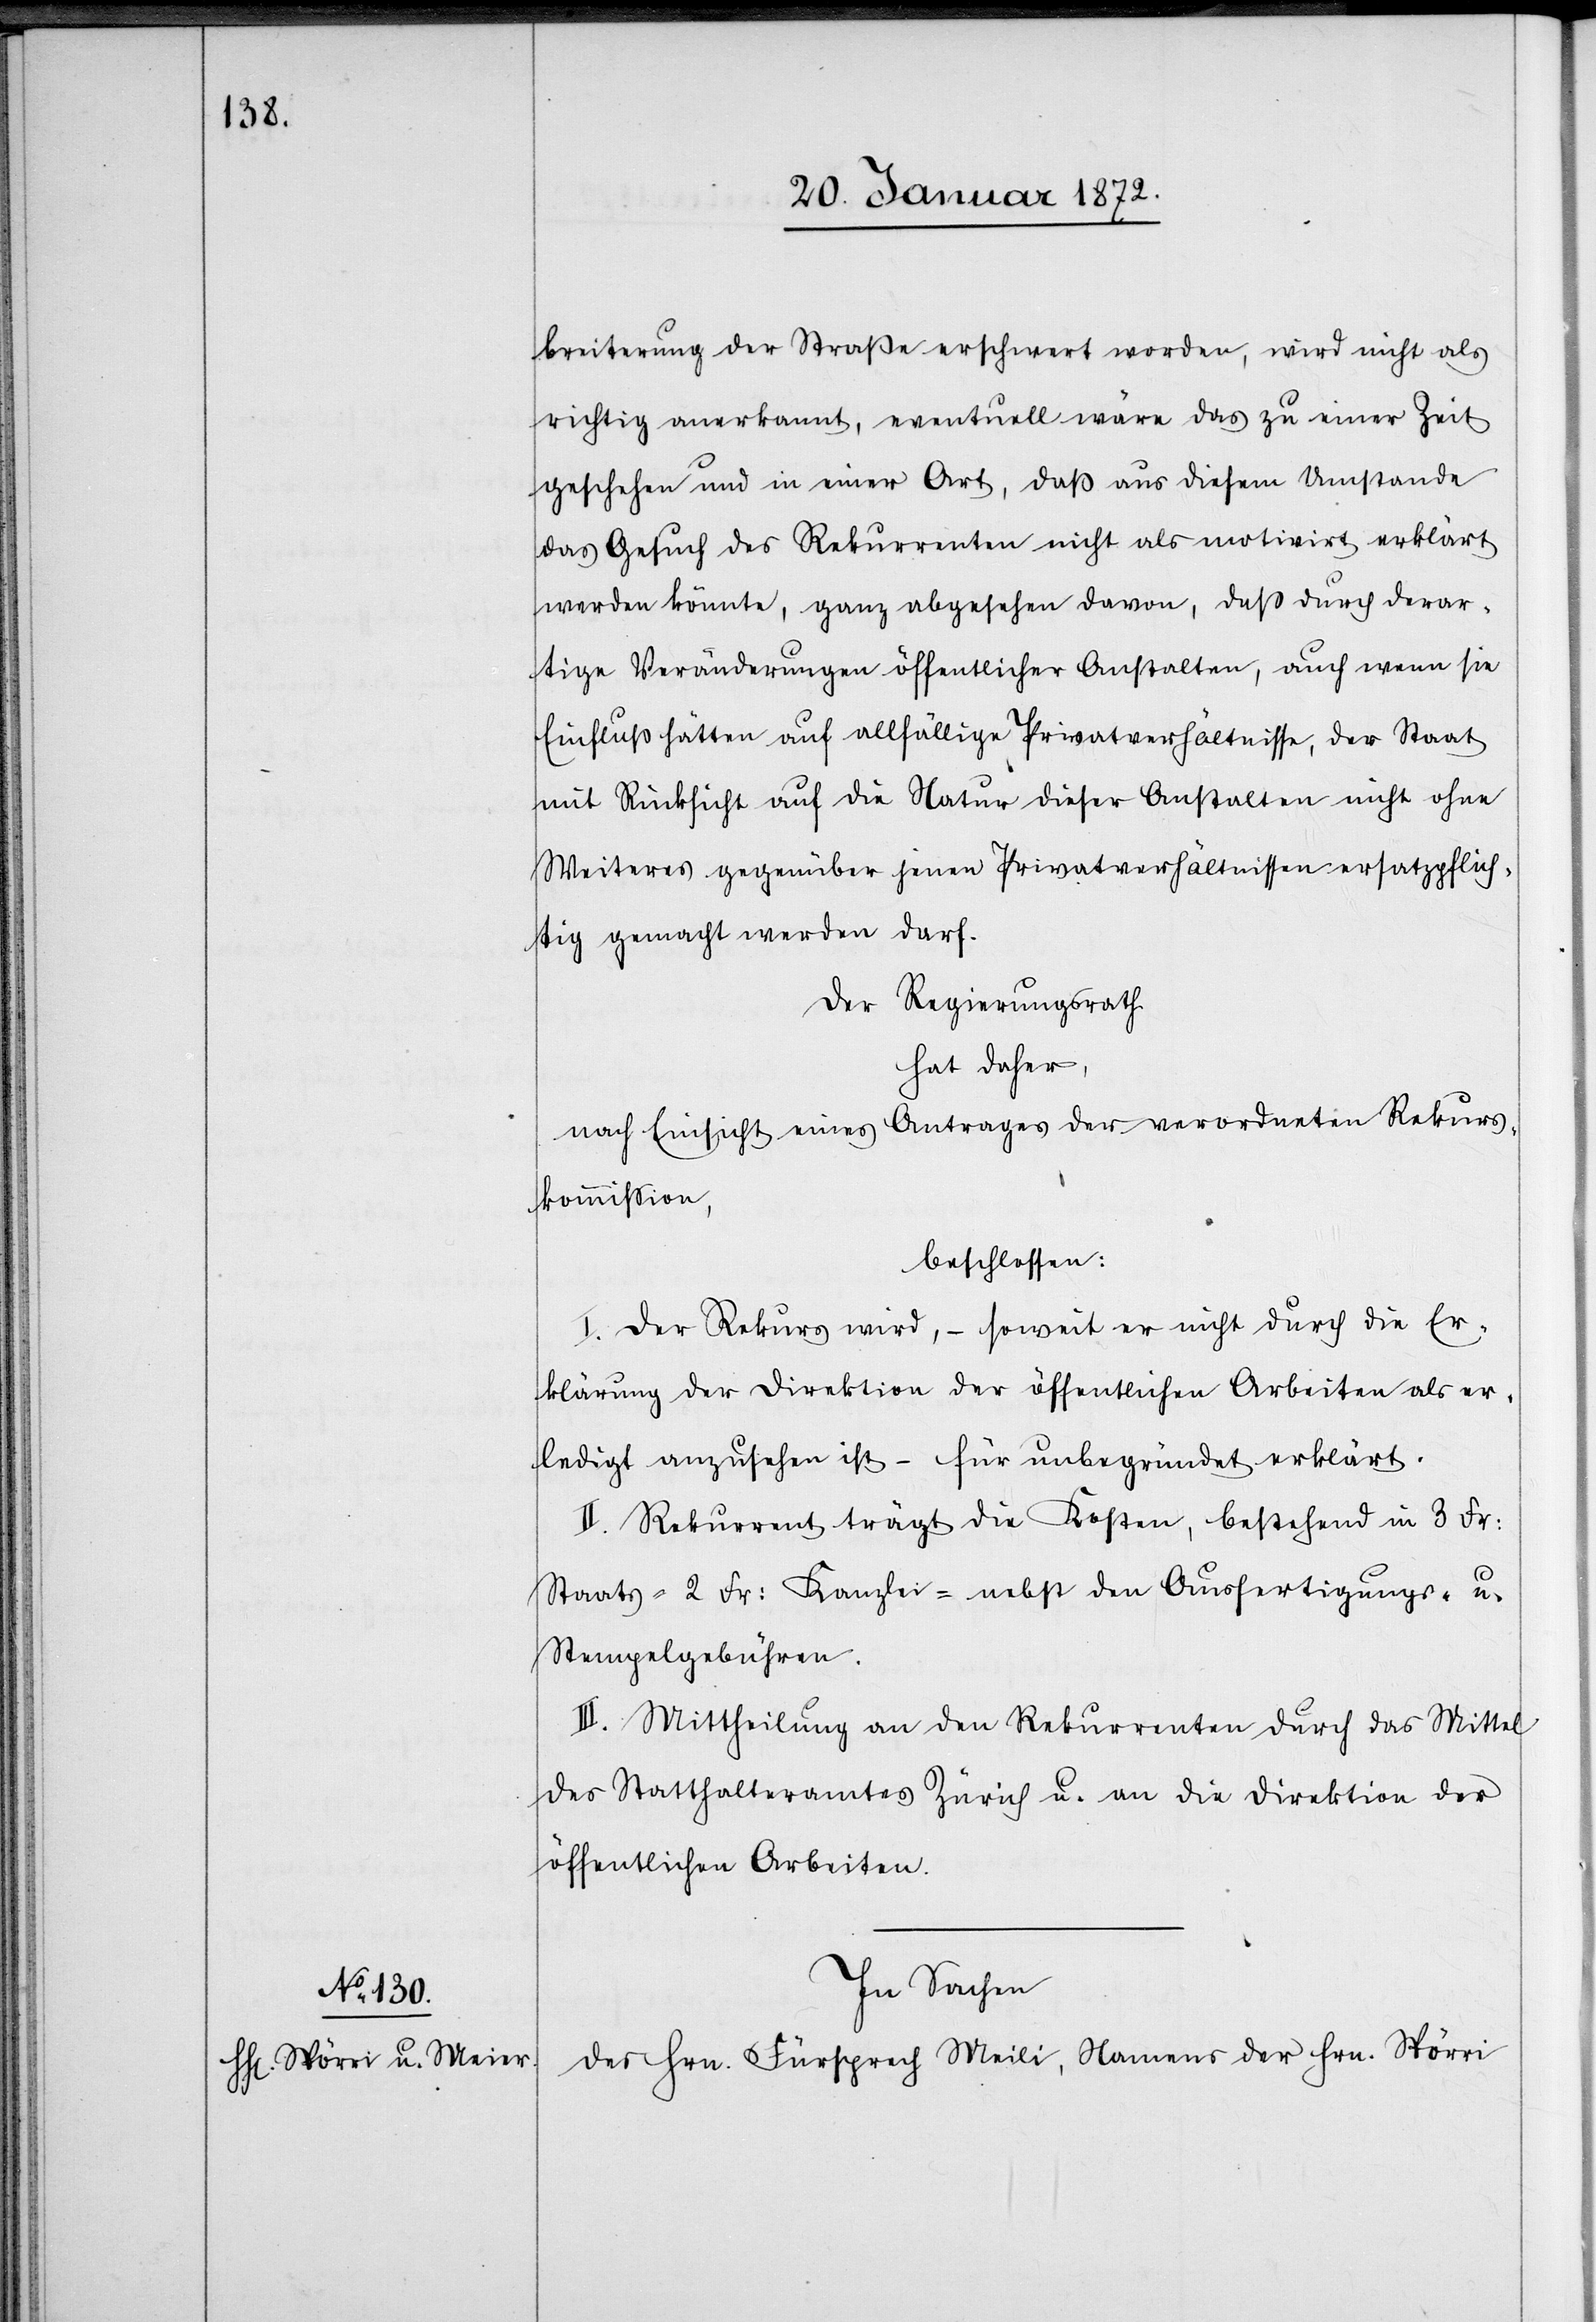
richtig anerkannt, eventuell wäre das zu einer Zeit
geschehen und in einer Art, daß aus diesem Umstande
das Gesuch des Rekurrenten nicht als motivirt erklärt
werden könnte, ganz abgesehen davon, daß durch derar¬
tige Veränderungen öffentlicher Anstalten, auch wenn sie
Einfluß hätten auf allfällige Privatverhältnisse, der Staat
mit Rücksicht auf die Natur dieser Anstalten nicht ohne
Weiteres gegenüber jenen Privatverhältnissen ersatzpflich¬
tig gemacht werden darf.
Der Regierungsrath
hat daher,
nach Einsicht eines Antrages der verordneten Rekurs¬
kommission,
beschlossen:
I. Der Rekurs wird, – soweit er nicht durch die Er¬
klärung der Direktion der öffentlichen Arbeiten als er¬
ledigt anzusehen ist – für unbegründet erklärt.
II. Rekurrent trägt die Kosten, bestehend in 3 Fr:
Staats- 2 Fr: Kanzlei- nebst den Ausfertigungs- u.
Stempelgebühren.
III. Mittheilung an den Rekurrenten durch das Mittel
des Statthalteramtes Zürich u. an die Direktion der
öffentlichen Arbeiten.
In Sachen
der Hrn. Fürsprech Meili, Namens der Hrn. Spörri